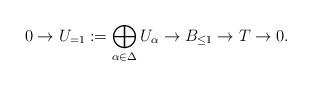
LaTeX: \begin{align*} 0 \to U_{=1} := \bigoplus_{\alpha \in \Delta} U_\alpha \to B_{\le 1} \to T \to 0.\end{align*}